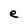
Character: e